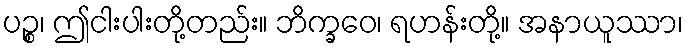
ပဉ္စ၊ ဤငါးပါးတို့တည်း။ ဘိက္ခဝေ၊ ရဟန်းတို့။ အနာယူဿာ၊